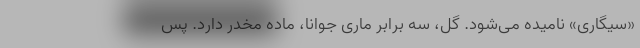
«سیگاری» نامیده می‌شود. گل، سه برابر ماری جوانا، ماده مخدر دارد. پس